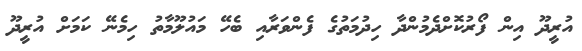
އުރީދޫ އިން ފޯރުކޮށްދެމުންދާ ހިދުމަތުގެ ފެންވަރާއި ބެހޭ މައުލޫމާތު ހިމެނޭ ކަމަށް އުރީދޫ